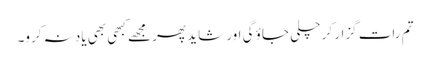
تم رات گزار کر چلی جاؤ گی اور شاید پھر مجھے کبھی بھی یاد نہ کرو۔